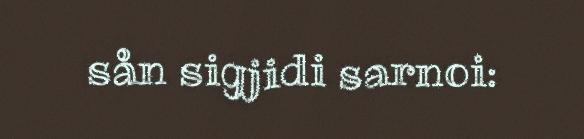
sån sigjidi sarnoi: